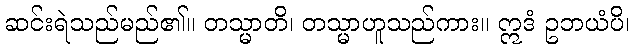
ဆင်းရဲသည်မည်၏။ တသ္မာတိ၊ တသ္မာဟူသည်ကား။ ဣဒံ ဥဘယံပိ၊